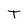
Character: T